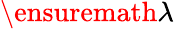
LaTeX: \ensuremath{\lambda}